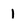
Character: 1